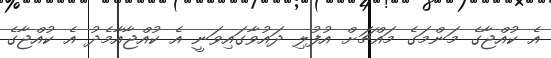
އެ ކުއްޖާގެ މަންމަގެ މައްޗަށް އުފުލި ދައުވާގައިވަނީ އެ ކުއްޖާއާމެދު އެ ކުއްޖާގެ